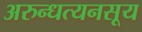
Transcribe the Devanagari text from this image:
अरुन्धत्यनसूय